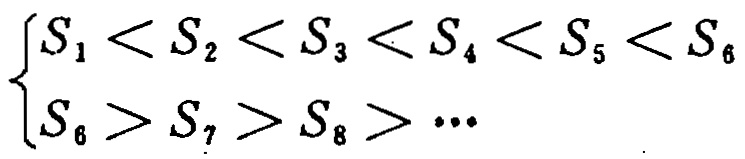
\[\begin{cases}

S_1 < S_2 < S_3 < S_4 < S_5 < S_6 \\

S_6 > S_7 > S_8 > \cdots

\end{cases}\]